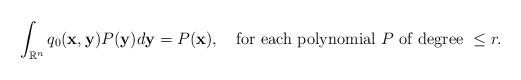
LaTeX: \begin{align*}\int_{\mathbb{R}^{n}} q_{0}(\mathbf{x},\mathbf{y})P(\mathbf{y})d\mathbf{y}=P(\mathbf{x}), \ \ \mbox{ for each polynomial $P$ of degree }\leq r.\end{align*}